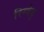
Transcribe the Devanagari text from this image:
रिग्वेद्